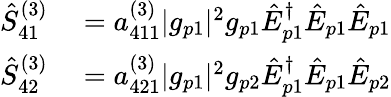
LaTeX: \begin{array}{rl}{\hat{S}_{41}^{(3)}}&{{}=a_{411}^{(3)}|g_{p1}|^{2}g_{p1}\hat{E}_{p1}^{\dagger}\hat{E}_{p1}\hat{E}_{p1}}\\ {\hat{S}_{42}^{(3)}}&{{}=a_{421}^{(3)}|g_{p1}|^{2}g_{p2}\hat{E}_{p1}^{\dagger}\hat{E}_{p1}\hat{E}_{p2}}\end{array}